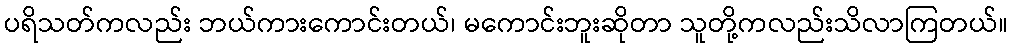
ပရိသတ်ကလည်း ဘယ်ကားကောင်းတယ်၊ မကောင်းဘူးဆိုတာ သူတို့ကလည်းသိလာကြတယ်။